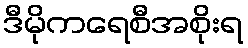
ဒီမိုကရေစီအစိုးရ